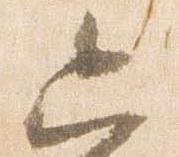
六